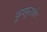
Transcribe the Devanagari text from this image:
फुफ्फुसरोग